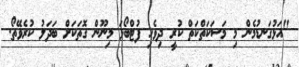
"އަޅުގަނޑުމެން މި މަސަކަތްކަތް ކުރީ ދިވެހި ފުޓްބޯޅަ މިނޫން ގޮތަކަށް ބަދަލު ކުރެވޭތޯ.